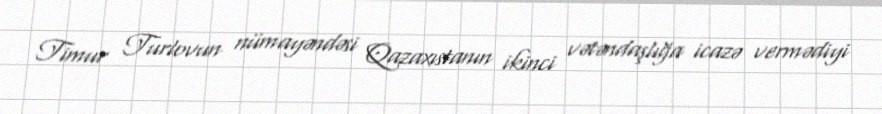
Timur Turlovun nümayəndəsi Qazaxıstanın ikinci vətəndaşlığa icazə vermədiyi